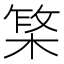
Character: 𬃥